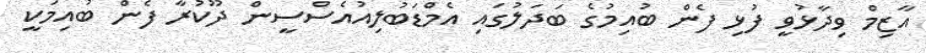
އާޒިމް ވިދާޅުވީ ފުޅި ފެން ބުއިމުގެ ބަދަލުގައި އެމްޑަބުލިއުއެސްސީން ދޫކުރާ ފެން ބުއިމަކީ